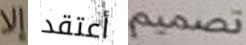
إلا أعتقد تصميم